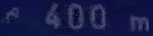
^{\prime}400\mathrm